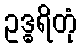
ဥဒ္ဓရိတုံ